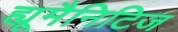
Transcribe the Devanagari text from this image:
ह्यूमैनिटिज